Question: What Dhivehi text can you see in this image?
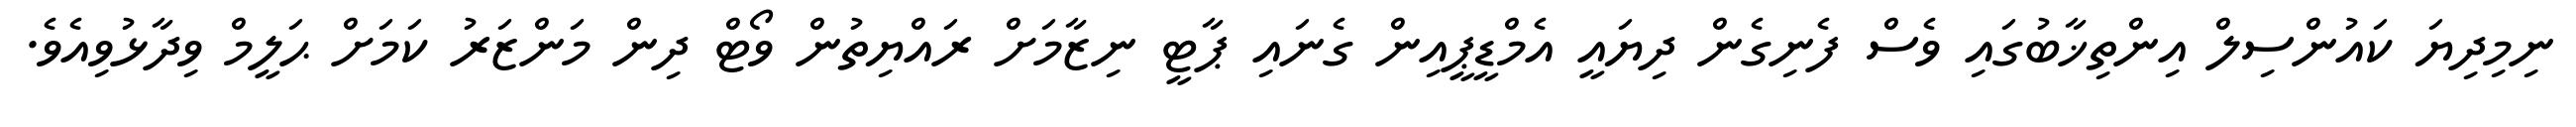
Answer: ނިމިދިޔަ ކައުންސިލް އިންތިޚާބުގައި ވެސް ފެނިގެން ދިޔައީ އެމްޑީޕީއިން ގެނައި ޕާޓީ ނިޒާމަށް ރައްޔިތުން ވޯޓް ދިން މަންޒަރު ކަމަށް ޙަލީމް ވިދާޅުވިއެވެ.